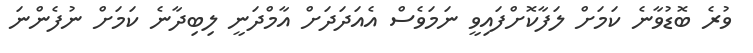
ވުރެ ބޮޑުވާނެ ކަމަށް ލަފާކޮށްފައިވީ ނަމަވެސް އެއަދަދަށް އާމްދަނީ ލިބިދާނެ ކަމަށް ނުފެންނަ